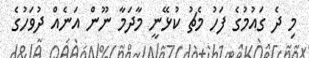
މި ދެ ގައުމުގެ ފަހު މެޗު ކުޅޭނީ މާދަމާ ނޫން އަނެއް ދުވަހުގެ